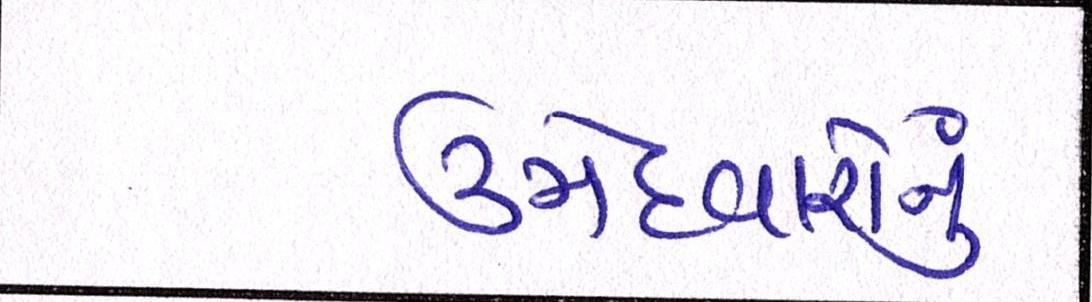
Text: ઉમેદવારોનું